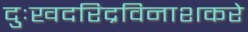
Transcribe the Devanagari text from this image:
दुःखदरिद्रविनाशकरे